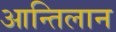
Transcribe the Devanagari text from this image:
आन्तिलान